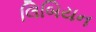
લિબિયન